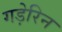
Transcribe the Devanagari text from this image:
गड़ेरिन